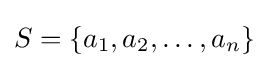
S=\{a_{1},a_{2},\dots ,a_{n}\}